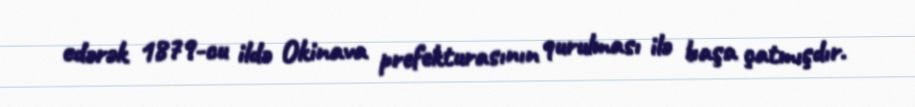
edərək 1879-cu ildə Okinava prefekturasının qurulması ilə başa çatmışdır.